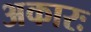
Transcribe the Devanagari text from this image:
अकारः